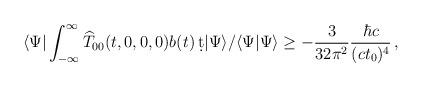
\begin{align*} \langle\Psi |\int _{-\infty}^\infty {\widehat T}_{00}(t,0,0,0) b(t)\, \d t|\Psi\rangle /\langle\Psi |\Psi \rangle \geq -{\frac{3}{32\pi ^2}} {\frac{\hbar c}{(ct_0)^4}}\, ,\end{align*}